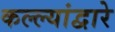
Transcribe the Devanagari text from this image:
कल्ल्यांद्वारे